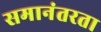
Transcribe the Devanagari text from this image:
समानंतरता